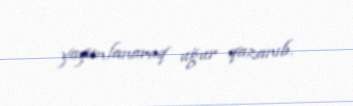
yayımlanaraq uğur qazanıb.